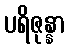
ပရိဇုန္နာ